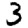
Digit: 3